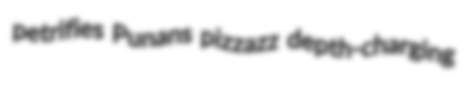
petrifies Punans pizzazz depth-charging